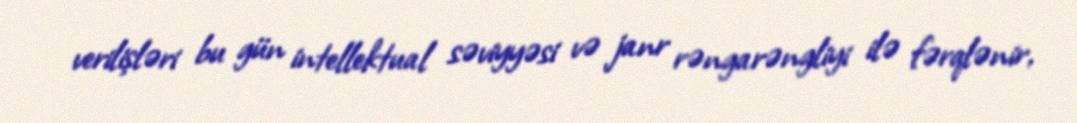
verilişləri bu gün intellektual səviyyəsi və janr rəngarəngliyi ilə fərqlənir,